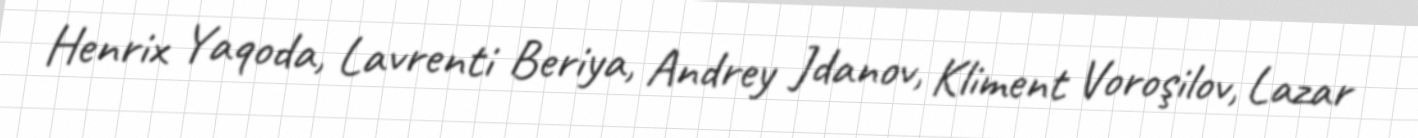
Henrix Yaqoda, Lavrenti Beriya, Andrey Jdanov, Kliment Voroşilov, Lazar